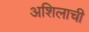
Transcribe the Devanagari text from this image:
अशिलाची